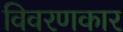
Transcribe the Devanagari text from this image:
विवरणकार